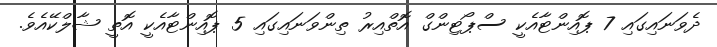
ދެވަނައިގައި 7 ޕޮއިންޓާއެކީ ސްޕޯޓިންގް އޮތްއިރު ތިންވަނައިގައި 5 ޕޮއިންޓާއެކީ އޮތީ ޝާލްކޭއެވެ.